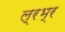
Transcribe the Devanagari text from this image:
ल्रभ्र